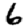
Digit: 6